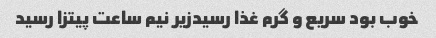
خوب بود سریع و گرم غذا رسیدزیر نیم ساعت پیتزا رسید